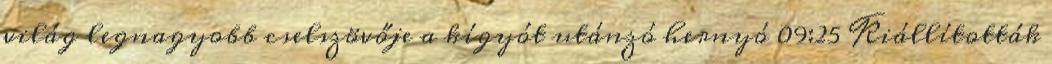
világ legnagyobb cselszövője a kígyót utánzó hernyó 09:25 Kiállították